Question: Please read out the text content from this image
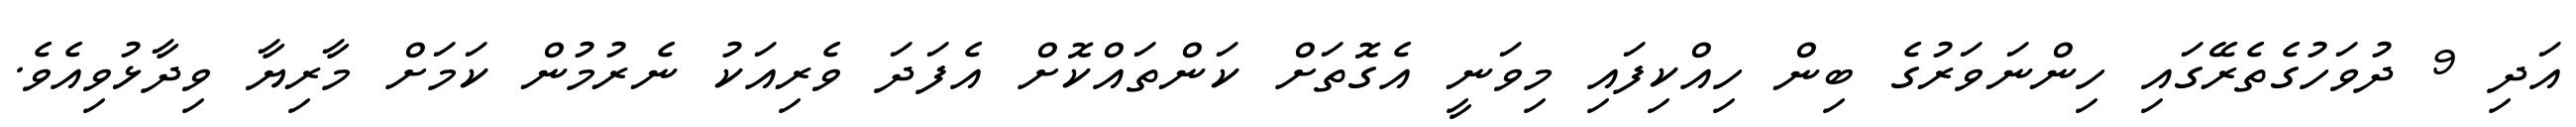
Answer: އަދި 9 ދުވަހުގެތެރޭގައި ހިންނަވަރުގެ ބިން ހިއްކިފައި މިވަނީ އެގޮތަށް ކަންތައްކޮށް އެފަދަ ވެރިއަކު ނެރުމުން ކަމަށް މާރިޔާ ވިދާޅުވިއެވެ.